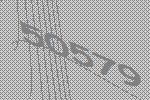
50579